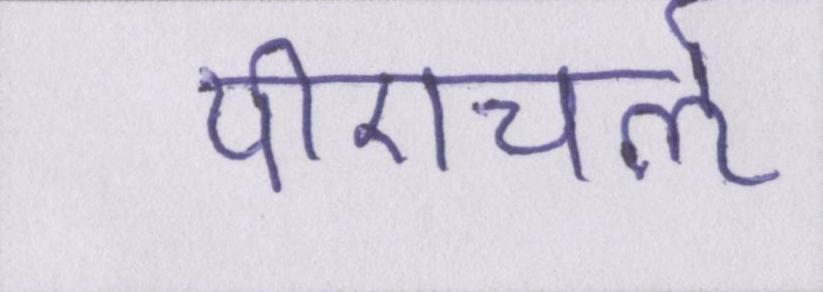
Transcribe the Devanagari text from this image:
पीएचर्ऌ